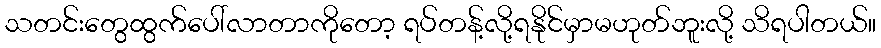
သတင်းတွေထွက်ပေါ်လာတာကိုတော့ ရပ်တန့်လို့ရနိုင်မှာမဟုတ်ဘူးလို့ သိရပါတယ်။